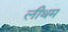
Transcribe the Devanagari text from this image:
लीथम